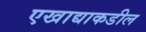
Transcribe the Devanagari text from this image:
एखाद्याकडील